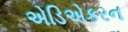
એડિએકરન